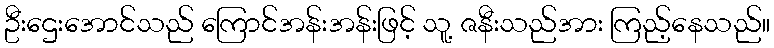
ဦးဌေးအောင်သည် ကြောင်အန်းအန်းဖြင့် သူ့ ဇနီးသည်အား ကြည့်နေသည်။